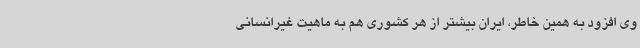
وی افزود به همین خاطر، ایران بیشتر از هر کشوری هم به ماهیت غیرانسانی